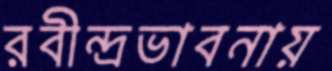
রবীন্দ্রভাবনায়